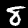
Label: 8